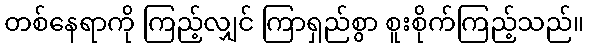
တစ်နေရာကို ကြည့်လျှင် ကြာရှည်စွာ စူးစိုက်ကြည့်သည်။